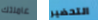
عاملتك التحضير